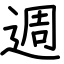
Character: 週